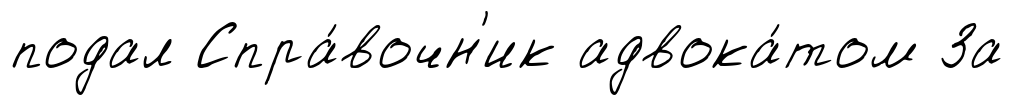
подал Спра́вочн'ик адвока́том За